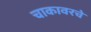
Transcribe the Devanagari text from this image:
चाकावरचे